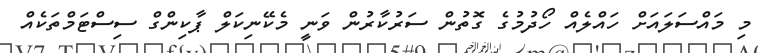
މި މައްސަލައަށް ހައްލެއް ހޯދުމުގެ ގޮތުން ސަރުކާރުން ވަނީ މެކޭނިކަލް ޕާކިންގް ސިސްޓަމްތަކެއް